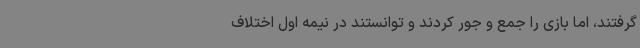
گرفتند، اما بازی را جمع و جور کردند و توانستند در نیمه اول اختلاف